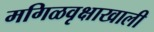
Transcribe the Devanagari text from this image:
मगिळवृक्षाखाली